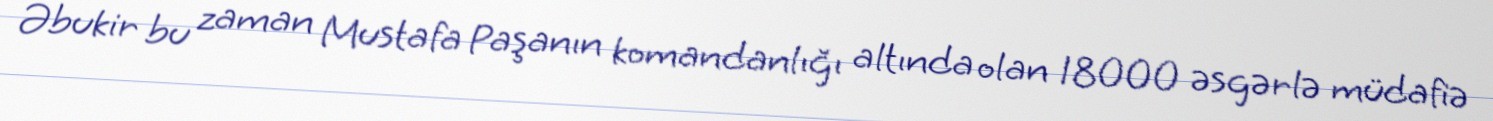
Əbukir bu zaman Mustafa Paşanın komandanlığı altında olan 18000 əsgərlə müdafiə